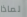
لماذا